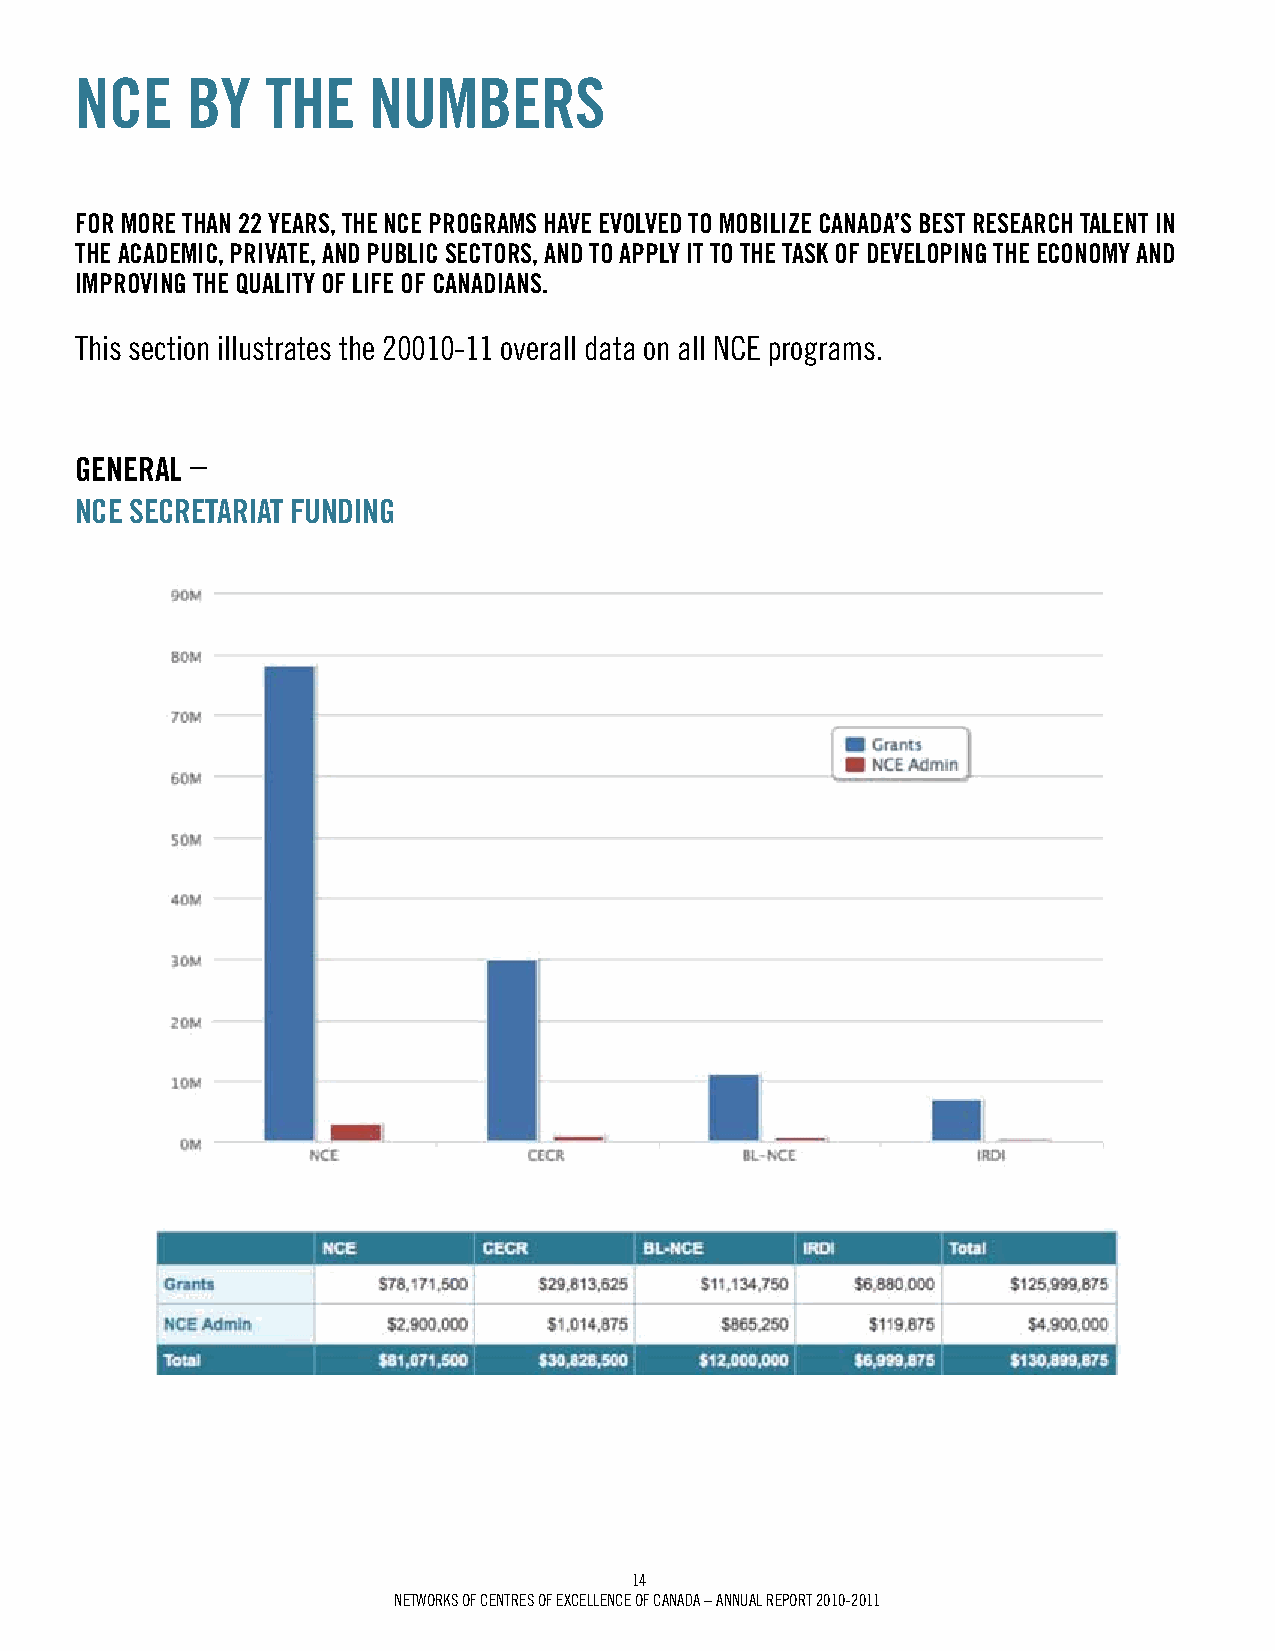
NCE    BY    ThE   NumBErS
 FOr mOrE ThAN 22 YEArS, ThE NCE prOgrAmS hAvE EvOLvEd TO mOBiLizE CANAdA’S BEST rESEArCh TALENT iN
 ThE ACAdEmiC, privATE, ANd puBLiC SECTOrS, ANd TO AppLY iT TO ThE TASk OF dEvELOpiNg ThE ECONOmY ANd
 imprOviNg ThE QuALiTY OF LiFE OF CANAdiANS.
 this section illustrates the 20010-11 overall data on all Nce programs.
 gENErAL –
 NCE SECrETAriAT FuNdiNg
 14
 Networks of ceNtres of excelleNce of caNada – aNNUal rePort 2010-2011